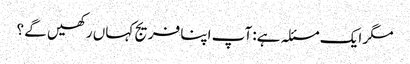
مگر ایک مسئلہ ہے: آپ اپنا فریج کہاں رکھیں گے ؟